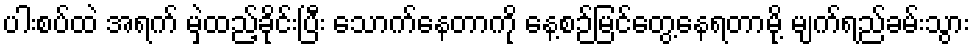
ပါးစပ်ထဲ အရက် မှဲ့ထည့်ခိုင်းပြီး သောက်နေတာကို နေ့စဉ်မြင်တွေ့နေရတာမို့ မျက်ရည်ခမ်းသွား